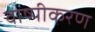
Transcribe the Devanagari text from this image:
वाष्‍पीकरण